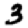
Digit: 3